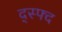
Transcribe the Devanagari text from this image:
द्स्फ्द